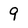
Character: 9